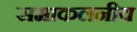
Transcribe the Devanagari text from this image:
समाकलनीय